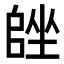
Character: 𡏩